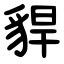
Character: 貋